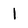
Character: l